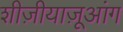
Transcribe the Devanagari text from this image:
शीज़ीयाज़ूआंग